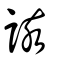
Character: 該